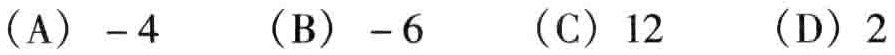
(A) \(-4\)  (B) \(-6\)  (C) \(12\)  (D) \(2\)